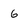
Character: 6